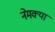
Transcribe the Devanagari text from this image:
नेमक्‍या